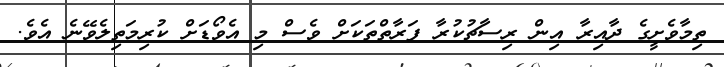
ތިމާވެށީގެ ދާއިރާ އިން ރިސާޗުކުރާ ފަރާތްތަކަށް ވެސް މި އެވޯޑަށް ކުރިމަތިލެވޭނެ އެވެ.